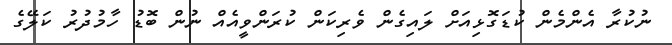
ނުކުރާ އެންމެން ކުޑަގޮޅިއަށް ލައިގެން ވެރިކަން ކުރަންވީއެއް ނުން ބޮޑު ހާމުދުރު ކަލޭގެ